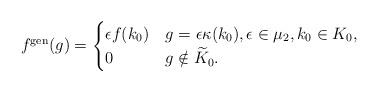
LaTeX: \begin{align*}f^{\mathrm{gen}}(g)=\begin{cases}\epsilon f(k_0)&g=\epsilon\kappa(k_0),\epsilon\in \mu_2, k_0\in K_0,\\0&g\notin\widetilde{K}_0.\end{cases}\end{align*}